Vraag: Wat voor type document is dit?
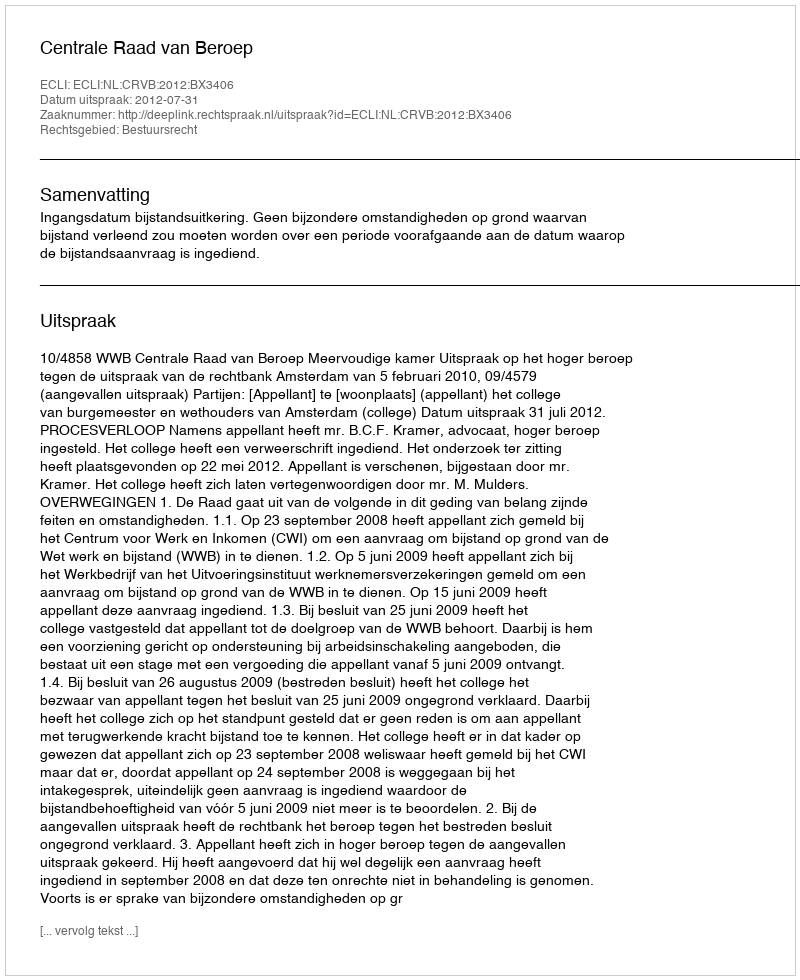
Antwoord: Uitspraak